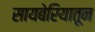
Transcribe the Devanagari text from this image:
सायबेरियातून